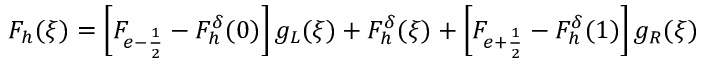
F _ { h } ( \xi ) = \left[ F _ { e - \frac { 1 } { 2 } } - F _ { h } ^ { \delta } ( 0 ) \right] g _ { L } ( \xi ) + F _ { h } ^ { \delta } ( \xi ) + \left[ F _ { e + \frac { 1 } { 2 } } - F _ { h } ^ { \delta } ( 1 ) \right] g _ { R } ( \xi )